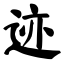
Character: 迹